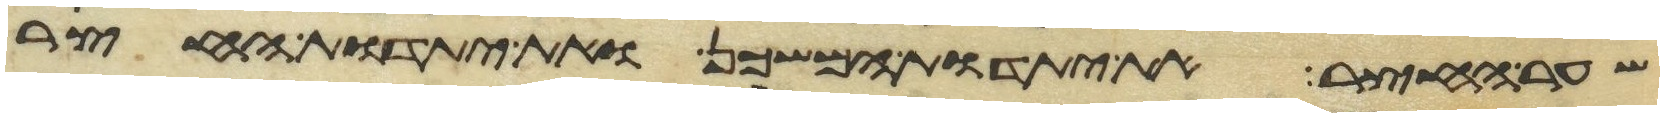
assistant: שער החצר את יתדות המשכן ואת יתדות החצר